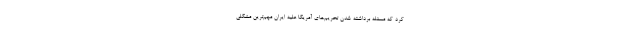
کرد که مسئله برداشته شدن تحریم‌های آمریکا علیه ایران مهم‌ترین مشکلی